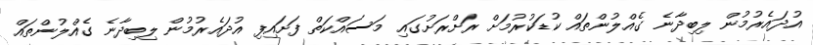
އުދައެރުމުން ލިބިދާނެ ގެއްލުންތައް ކުޑަކުރުމަށް ރަށްރަށުގައި މަސައްކަތް ފަށައިފި އުދައެރުމުން ލިބިދާނެ ގެއްލުންތައް